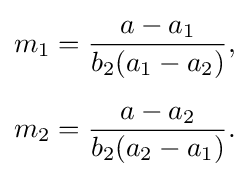
{\begin{aligned}m_{1}&={\frac {a-a_{1}}{b_{2}(a_{1}-a_{2})}},\\[5pt]m_{2}&={\frac {a-a_{2}}{b_{2}(a_{2}-a_{1})}}.\end{aligned}}